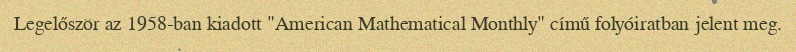
Legelőször az 1958-ban kiadott "American Mathematical Monthly" című folyóiratban jelent meg.